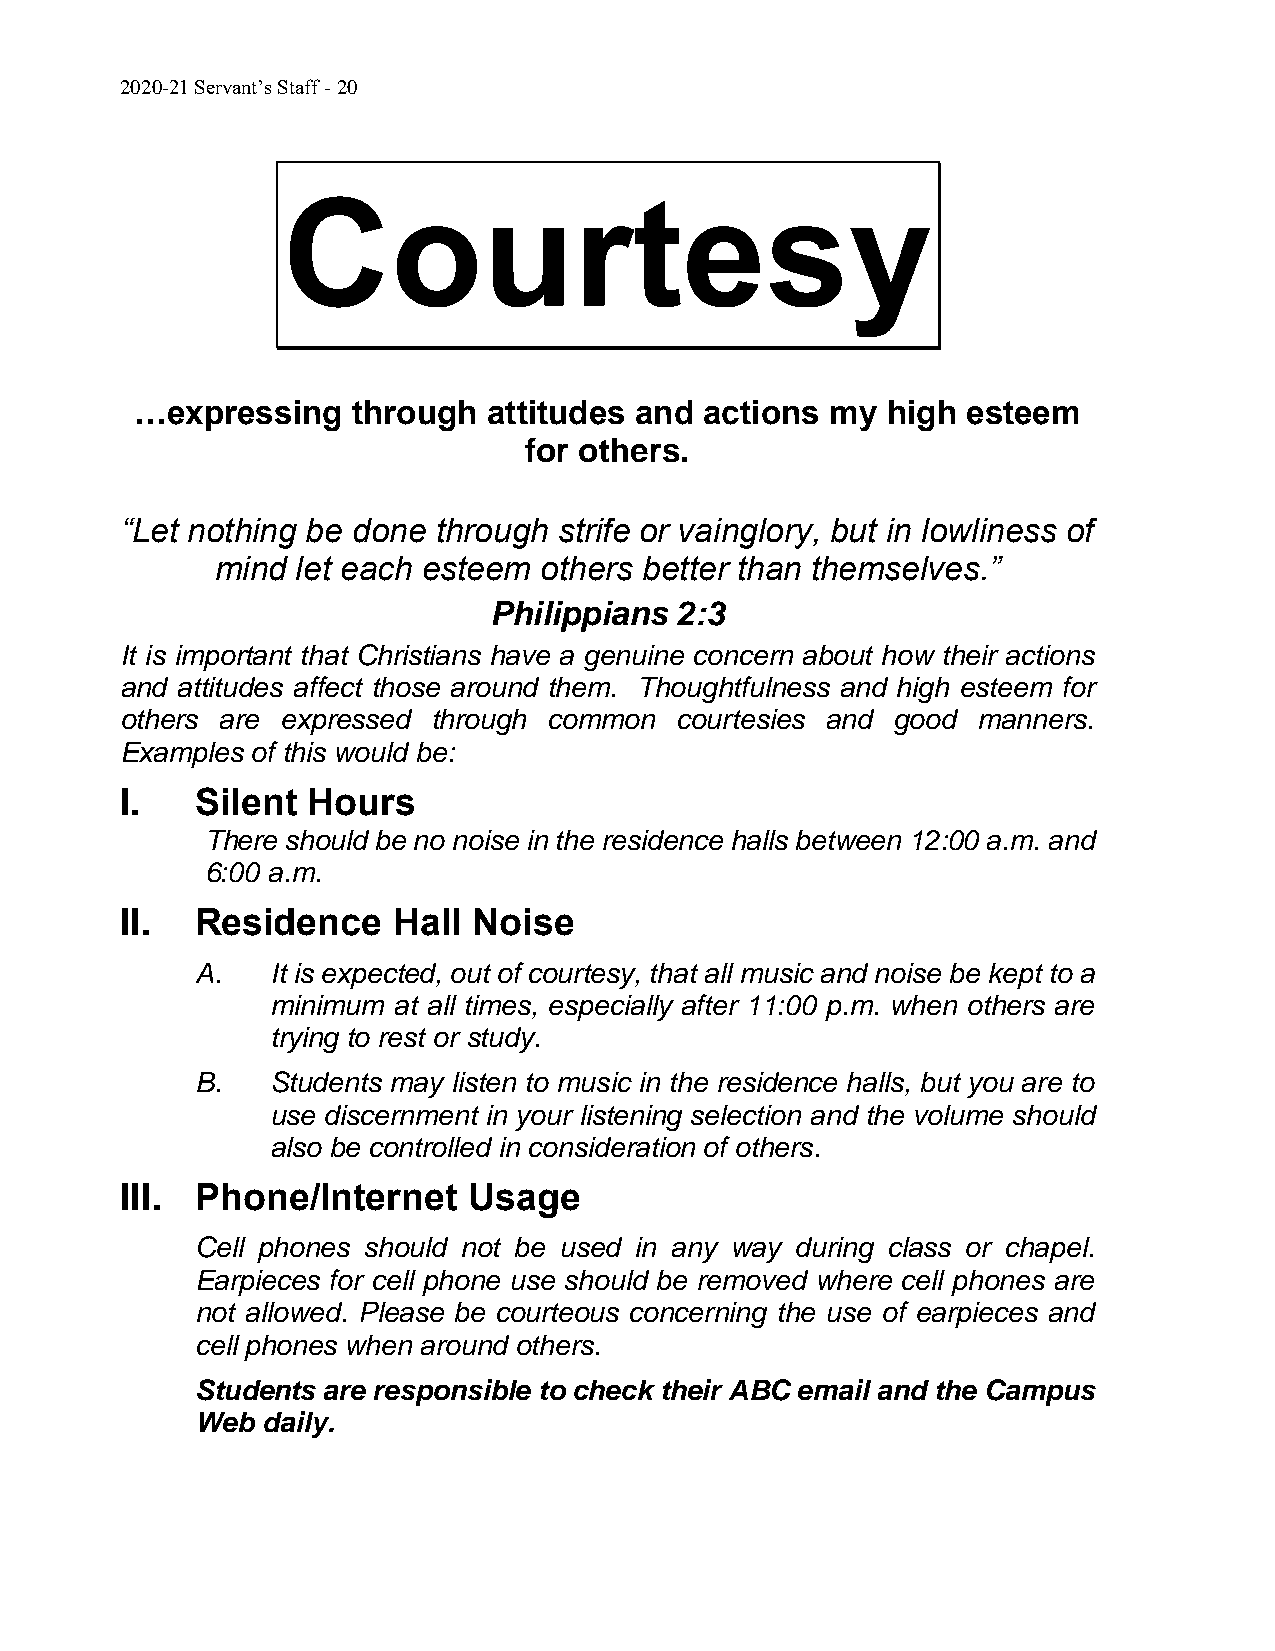
2020-21 Servant’s Staff - 20
 Courtesy
 …expressing   through  attitudes and  actions my  high esteem
 for others.
 “Let nothing be done through strife or vainglory, but in lowliness of
 mind  let each esteem others better than themselves.”
 Philippians  2:3
 It is important that Christians have a genuine concern about how their actions
 and attitudes affect those around them. Thoughtfulness and high esteem for
 others are expressed through common  courtesies and good manners.
 Examples of this would be:
 I.   Silent Hours
 There should be no noise in the residence halls between 12:00 a.m. and
 6:00 a.m.
 II.  Residence    Hall Noise
 A.   It is expected, out of courtesy, that all music and noise be kept to a
 minimum at all times, especially after 11:00 p.m. when others are
 trying to rest or study.
 B.   Students may listen to music in the residence halls, but you are to
 use discernment in your listening selection and the volume should
 also be controlled in consideration of others.
 III. Phone/Internet    Usage
 Cell phones should not be used in any way during class or chapel.
 Earpieces for cell phone use should be removed where cell phones are
 not allowed. Please be courteous concerning the use of earpieces and
 cell phones when around others.
 Students are responsible to check their ABC email and the Campus
 Web daily.